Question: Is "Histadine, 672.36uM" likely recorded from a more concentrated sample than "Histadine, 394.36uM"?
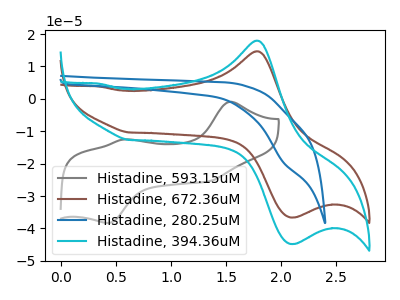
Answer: <think>The gray curve "Histadine, 593.15uM" has anodic peaks at (1.55V, -0.90uA) (0.55V, -12.55uA) and cathodic peaks at (1.35V, -25.50uA) (0.45V, -38.30uA). The brown curve "Histadine, 672.36uM" has an anodic peak at (1.75V, 14.70uA) and a cathodic peak at (2.10V, -36.60uA). The blue curve "Histadine, 280.25uM" has a cathodic peak at: (2.00V, -19.55uA). The cyan curve "Histadine, 394.36uM" has an anodic peak at (1.75V, 17.95uA) and a cathodic peak at (2.10V, -44.75uA).
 All the peaks in "Histadine, 672.36uM" have a peak in "Histadine, 394.36uM" at the same potential. Every peak in "Histadine, 672.36uM" is lower than every peak in "Histadine, 394.36uM".</think>
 <answer>"Histadine, 672.36uM" has less signal than "Histadine, 394.36uM".</answer>
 <eval>less_signal</eval>